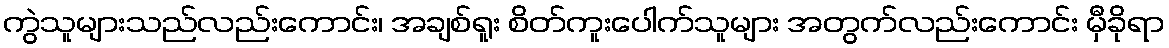
ကွဲသူများသည်လည်းကောင်း၊ အချစ်ရူး စိတ်ကူးပေါက်သူများ အတွက်လည်းကောင်း မှီခိုရာ